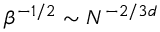
\beta ^ { - 1 / 2 } \sim N ^ { - 2 / 3 d }